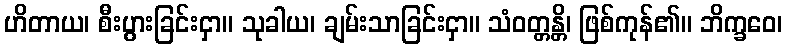
ဟိတာယ၊ စီးပွားခြင်းငှာ။ သုခါယ၊ ချမ်းသာခြင်းငှာ။ သံဝတ္တန္တိ၊ ဖြစ်ကုန်၏။ ဘိက္ခဝေ၊